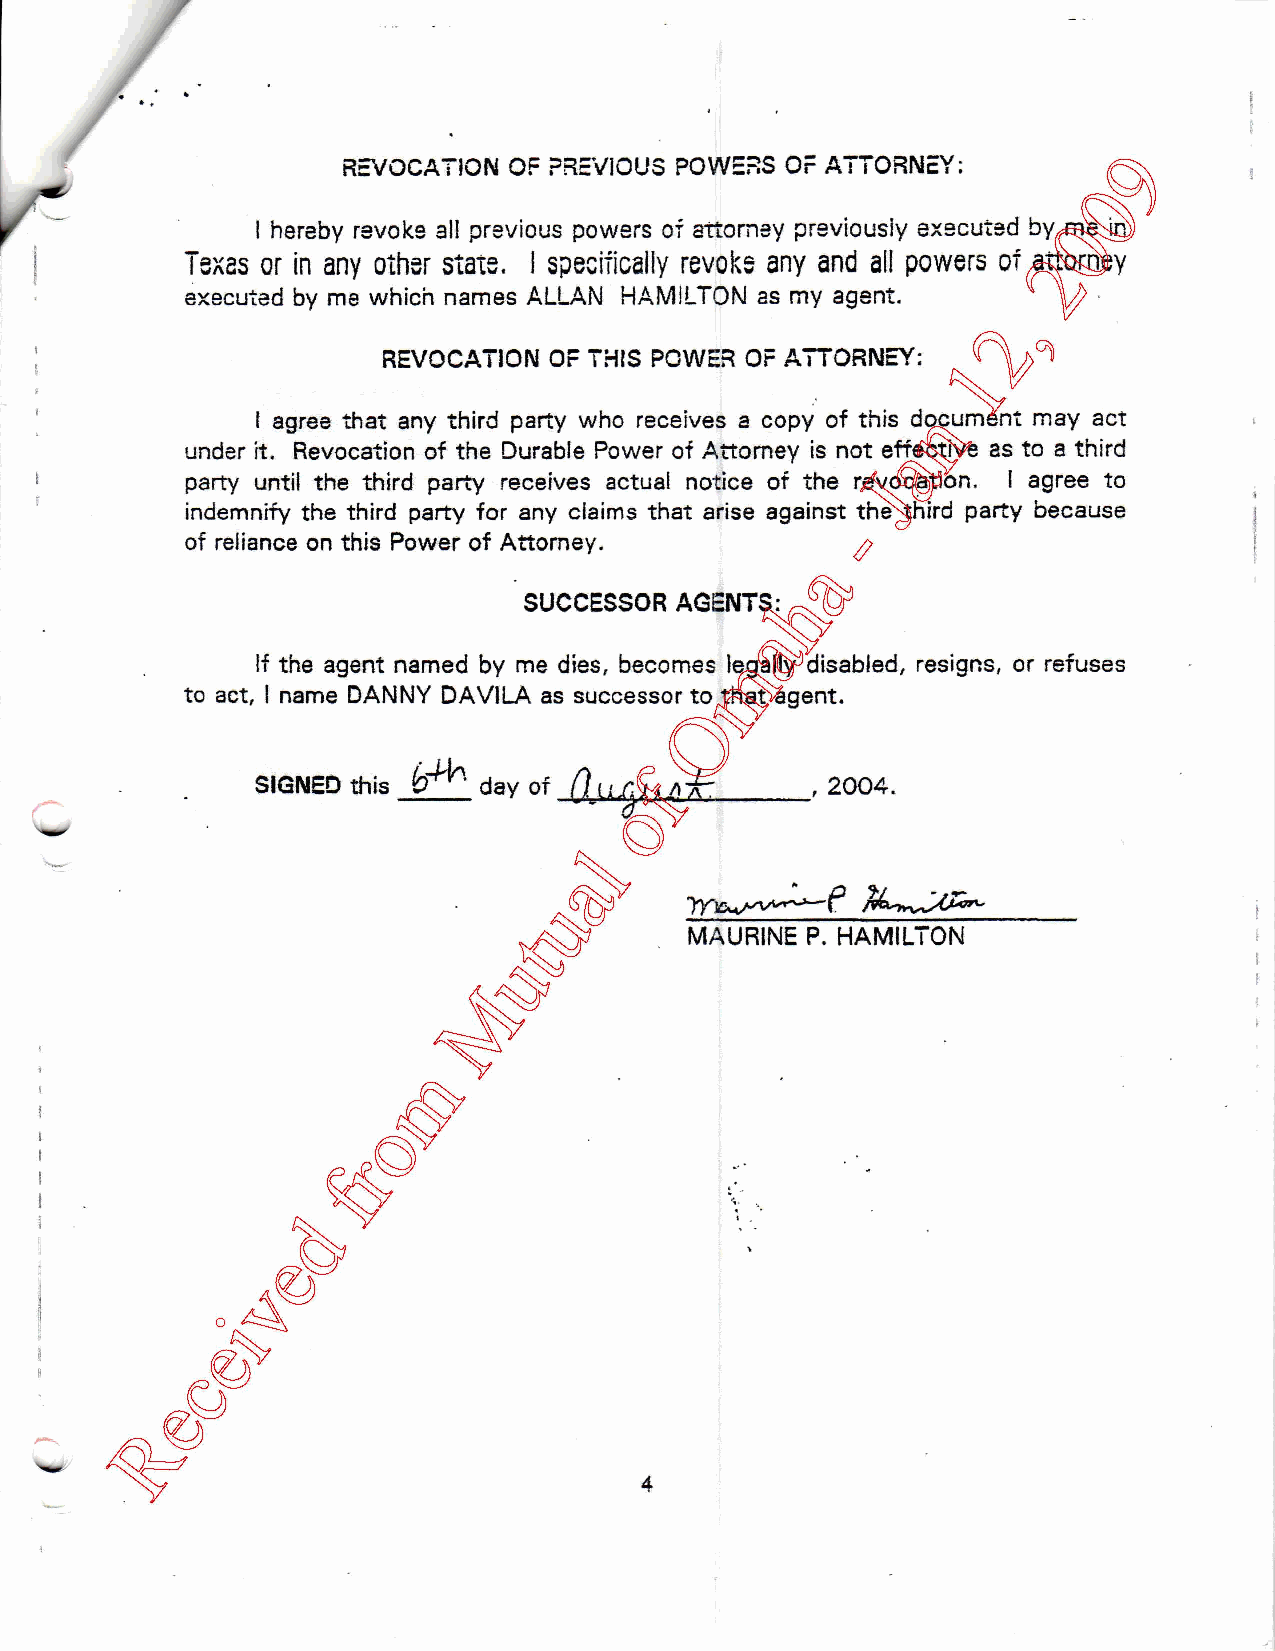
REVOCATION OF PREVIOUS POWERS OF ATTORNEY:
 I hereby revoke al! previous powers of attorney previously executed
 Texas or in any other state. I specifically revoke any and all powers of
 executed by me which names ALLAN HAMILTON as my agent.
 REVOCATION OF THIS POWER OF ATTORNEY:
 I agree that any third party who receives a copy of this document may act
 under it. Revocation of the Durable Power of Attorney is not effective as to a third
 party until the third party receives actual notice of the revocation. I agree to
 indemnify the third party for any claims that arise against the^hird party because
 ^
 of reliance on this Power of Attorney.
 SUCCESSOR AGENTS:
 If the agent named by me dies, becomes legaily5disabled, resigns, or refuses
 to act, I name DANNY DAVILA as successor to that agent.
 fl              ,
 SIGNED this 6 "^ ' day of i    ______ 2004.
 MAURINE P. HAMILTON